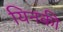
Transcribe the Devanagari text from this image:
यिनकी